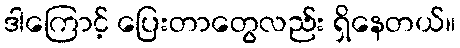
ဒါကြောင့် ပြေးတာတွေလည်း ရှိနေတယ်။